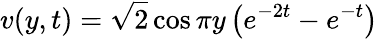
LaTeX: v(y,t)=\sqrt{2}\cos\pi y\left(e^{-2t}-e^{-t}\right)